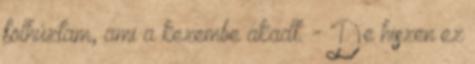
fölhúztam, ami a kezembe akadt. - De hiszen ez